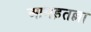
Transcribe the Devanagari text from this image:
आमड़तल्ला